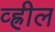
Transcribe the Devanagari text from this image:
व्ह्रील